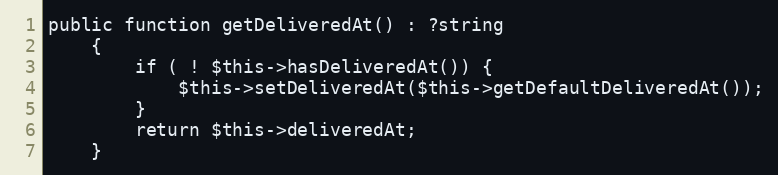
Language: PHP
public function getDeliveredAt() : ?string
    {
        if ( ! $this->hasDeliveredAt()) {
            $this->setDeliveredAt($this->getDefaultDeliveredAt());
        }
        return $this->deliveredAt;
    }